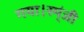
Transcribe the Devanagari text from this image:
गया।स्प्ंजी